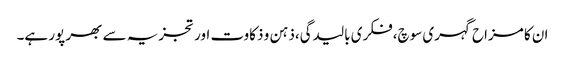
ان کا مزاح گہری سوچ،فکری بالیدگی،ذہن و ذکاوت اور تجزیہ سے بھر پور ہے۔